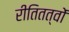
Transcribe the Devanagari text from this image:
रीतितत्वों